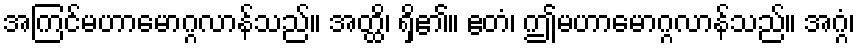
အကြင်မဟာမောဂ္ဂလာန်သည်။ အတ္ထိ၊ ရှိ၏။ ဧတံ၊ ဤမဟာမောဂ္ဂလာန်သည်။ အဂ္ဂံ၊